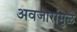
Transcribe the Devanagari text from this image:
अवजारांमुळे